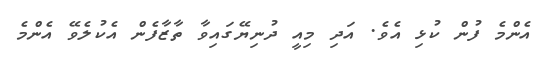
އެންމެ ފުން ކުޅި އެވެ. އަދި މިއީ ދުނިޔޭގައިވާ ތާޒާފެން އެކުލެވޭ އެންމެ